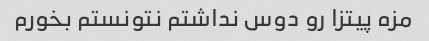
مزه پیتزا رو دوس نداشتم نتونستم بخورم